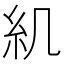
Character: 𥾊